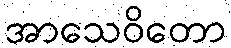
အာသေဝိတော